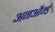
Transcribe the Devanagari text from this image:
अनऑर्म्ड